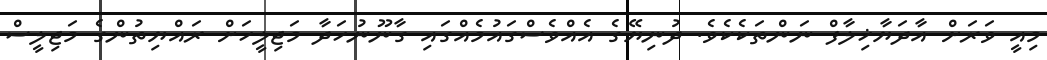
މިއީ ވަރަށް އާދަޔާޚިލާފް ނަންތަކެކެވެ. ދުނިޔޭގެ އެއްވެސްގައުމެއްގައި ގާނޫނުހަދާ މަޖިލީހަށް ރައްޔިތުންގެ މަޖިލީސް